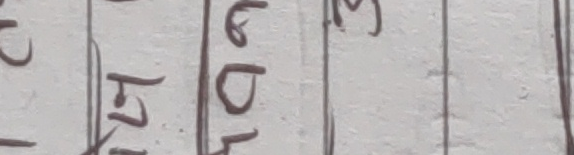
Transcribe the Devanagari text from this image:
हि डी ला ३